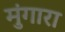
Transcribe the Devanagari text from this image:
मुंगारा